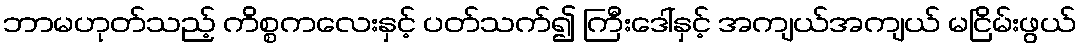
ဘာမဟုတ်သည့် ကိစ္စကလေးနှင့် ပတ်သက်၍ ကြီးဒေါ်နှင့် အကျယ်အကျယ် မငြိမ်းဖွယ်